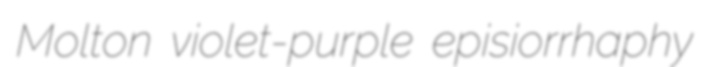
Molton violet-purple episiorrhaphy